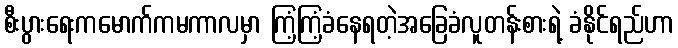
စီးပွားရေးကမောက်ကမကာလမှာ ကြံ့ကြံ့ခံနေရတဲ့အခြေခံလူတန်းစားရဲ့ ခံနိုင်ရည်ဟာ